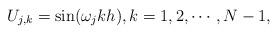
LaTeX: \begin{align*} U_{j,k} = \sin(\omega_j k h), k = 1, 2, \cdots, N-1,\end{align*}